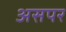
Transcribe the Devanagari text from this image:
असपर